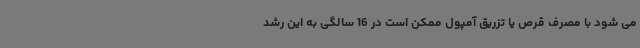
می شود با مصرف قرص یا تزریق آمپول ممکن است در 16 سالگی به این رشد